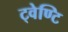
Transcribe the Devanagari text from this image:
ट्वेण्टि